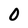
Character: 0